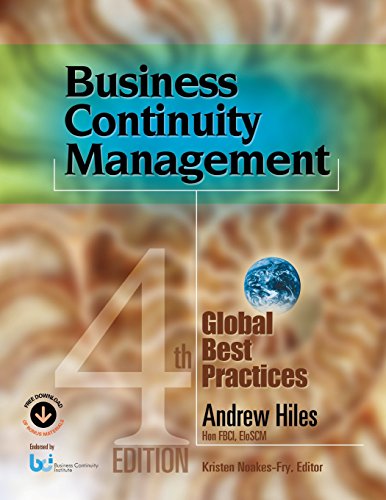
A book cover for Business Continuity Management: Global Best Practices, 4th Edition; Andrew Hiles; Business & Money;